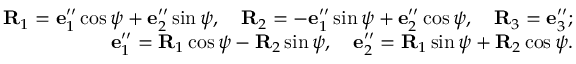
\begin{array} { r } { { \bf R } _ { 1 } = { \bf e } _ { 1 } ^ { \prime \prime } \cos \psi + { \bf e } _ { 2 } ^ { \prime \prime } \sin \psi , \quad { \bf R } _ { 2 } = - { \bf e } _ { 1 } ^ { \prime \prime } \sin \psi + { \bf e } _ { 2 } ^ { \prime \prime } \cos \psi , \quad { \bf R } _ { 3 } = { \bf e } _ { 3 } ^ { \prime \prime } ; } \\ { { \bf e } _ { 1 } ^ { \prime \prime } = { \bf R } _ { 1 } \cos \psi - { \bf R } _ { 2 } \sin \psi , \quad { \bf e } _ { 2 } ^ { \prime \prime } = { \bf R } _ { 1 } \sin \psi + { \bf R } _ { 2 } \cos \psi . } \end{array}